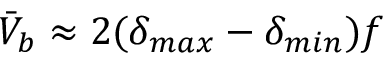
\bar { V } _ { b } \approx 2 ( \delta _ { m a x } - \delta _ { m i n } ) f